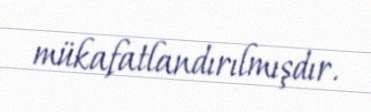
mükafatlandırılmışdır.